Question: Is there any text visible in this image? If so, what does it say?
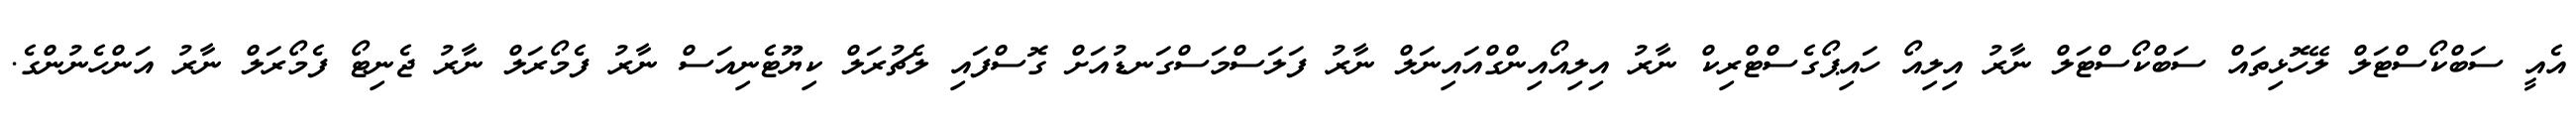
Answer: އެއީ ސަބްކޯސްޓަލް ލޭހޮޅިތައް ސަބްކޯސްޓަލް ނާރު އިލިއޯ ހައިޕޯގެސްޓްރިކް ނާރު އިލިއޯއިންގްއައިނަލް ނާރު ފަލަސްމަސްގަނޑުއަށް ގޮސްފައި ލެޗުރަލް ކިޔޫޓެނިއަސް ނާރު ފެމޯރަލް ނާރު ޖެނިޓޯ ފެމޯރަލް ނާރު އަންހެނުންގެ.